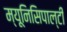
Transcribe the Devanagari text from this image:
म्यूनिसिपाल्टी